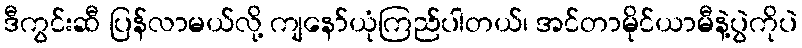
ဒီကွင်းဆီ ပြန်လာမယ်လို့ ကျနော်ယုံကြည်ပါတယ်၊ အင်တာမိုင်ယာမီနဲ့ပွဲကိုပဲ